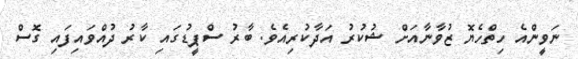
ނަވީންއެ ހިތްހެޔޮ ޒުވާނާއަށް ޝުކުރު އަދާކުރިއެވެ. ބާރު ސްޕީޑުގައި ކާރު ދުއްވައިފައި ގޮސް